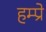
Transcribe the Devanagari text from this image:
हम्प्रे